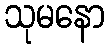
သုမနော